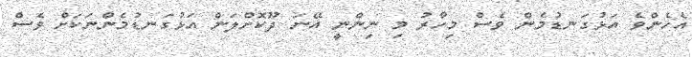
އެހެންވެ އަޅުގަނޑުމެން ވެސް މިހާރު މި ނިންނީ އޭނަ ދޫކޮށްލަން އަޅުގަނޑުމެންނަކަށް ވެސް